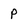
Character: P